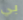
بي